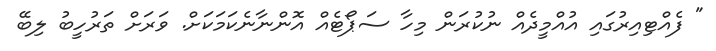
" ފެއްޓިއިރުގައި އުއްމީދެއް ނުކުރަން މިހާ ސަޕޯޓެއް އޮންނާނެކަމަކަށް. ވަރަށް ތަރުހީބު ލިބޭ